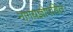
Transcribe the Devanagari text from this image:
नागयज्ञोपवित